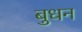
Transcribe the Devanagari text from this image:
बुधन